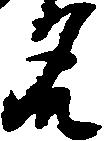
名